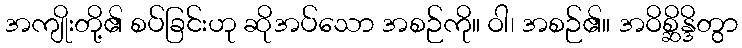
အကျိုးတို့၏ စပ်ခြင်းဟု ဆိုအပ်သော အစဉ်ကို။ ဝါ၊ အစဉ်၏။ အဝိစ္ဆိန္ဒိတွာ